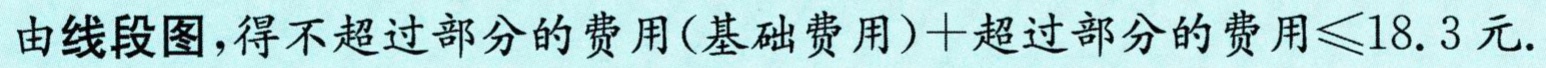
由线段图，得不超过部分的费用(基础费用)+超过部分的费用$\leq 18.3$元.